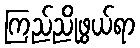
ကြည်ညိုဖွယ်ရာ